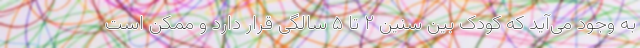
به وجود می‌آید که کودک بین سنین ۲ تا ۵ سالگی قرار دارد و ممکن است